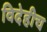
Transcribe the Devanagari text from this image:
विदेहीच